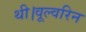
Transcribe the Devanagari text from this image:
थी।वूल्वरिन